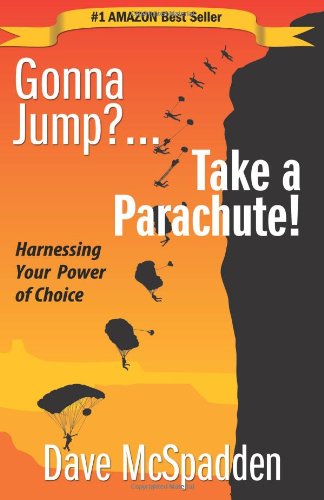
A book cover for Gonna Jump?...Take a Parachute!: Harnessing Your Power of Choice; Mr. Dave McSpadden; Health, Fitness & Dieting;